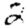
Digit: 2